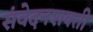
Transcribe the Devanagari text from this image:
संवेदनशक्ती